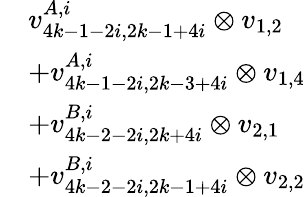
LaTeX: \begin{array}{rl}&{v_{4k-1-2i,2k-1+4i}^{A,i}\otimes v_{1,2}}\\ &{+v_{4k-1-2i,2k-3+4i}^{A,i}\otimes v_{1,4}}\\ &{+v_{4k-2-2i,2k+4i}^{B,i}\otimes v_{2,1}}\\ &{+v_{4k-2-2i,2k-1+4i}^{B,i}\otimes v_{2,2}}\end{array}